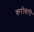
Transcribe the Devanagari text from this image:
करोबारी